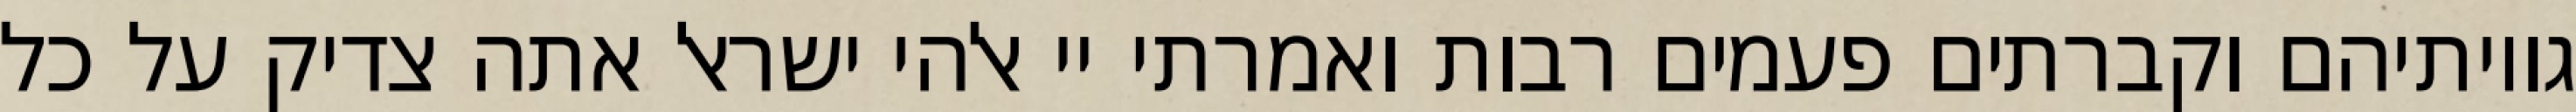
גויותיהם וקברתים פעמים רבות ואמרתי יי אלהי ישראל אתה צדיק על כל